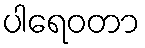
ပါရေဝတာ